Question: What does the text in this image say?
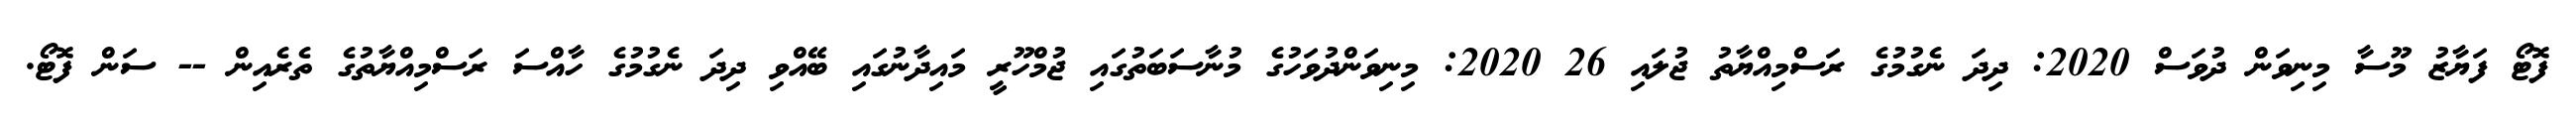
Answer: ފޮޓޯ ފަޔާޒު މޫސާ މިނިވަން ދުވަސް 2020: ދިދަ ނެގުމުގެ ރަސްމިއްޔާތު ޖުލައި 26 2020: މިނިވަންދުވަހުގެ މުނާސަބަތުގައި ޖުމްހޫރީ މައިދާނުގައި ބޭއްވި ދިދަ ނެގުމުގެ ހާއްސަ ރަސްމިއްޔާތުގެ ތެރެއިން -- ސަން ފޮޓޯ.